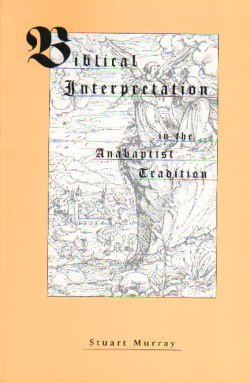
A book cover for Biblical Interpretation in the Anabaptist Tradition (Studies in the Believers Church Tradition); Stuart Murray; Christian Books & Bibles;